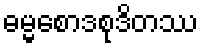
ဓမ္မစောဒစုဒိတဿ